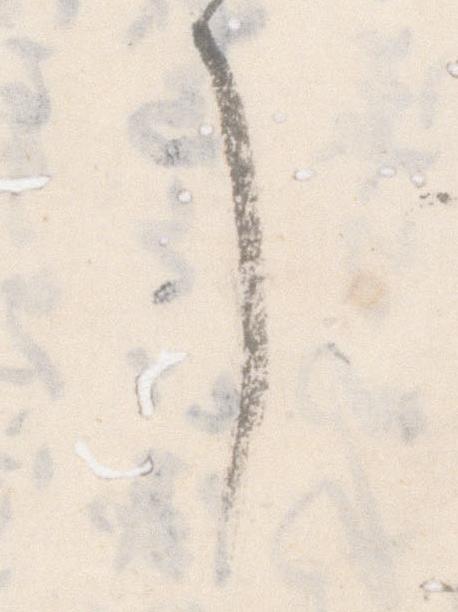
了